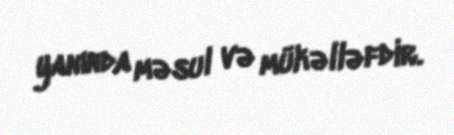
yanında məsul və mükəlləfdir.